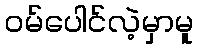
ဝမ်ပေါင်လဲ့မှာမူ